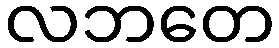
လဘတေ